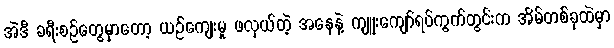
အဲဒီ ခရီးစဉ်တွေမှာတော့ ယဉ်ကျေးမှု ဖလှယ်တဲ့ အနေနဲ့ ကျူးကျော်ရပ်ကွက်တွင်းက အိမ်တစ်ခုထဲမှာ